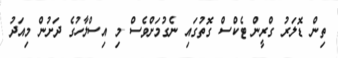
ތިން ޑޮލަރު ގްރީން ޓެކްސް ގޮތުގައި ނެގުމަށްވެސް މި އިސްލާހުގެ ދަށުން މިއަދު